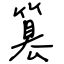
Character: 篡